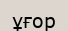
ұғор